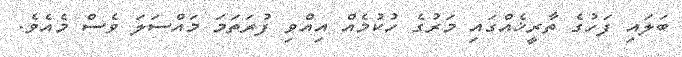
ބަލައި ފަހުގެ ތާރީޚެއްގައި މަރުގެ ހުކުމެއް އިއްވި ފުރަތަމަ މައްސަލަ ވެސް މެއެވެ.